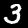
Label: 3